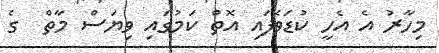
މިހާރު އެ އެހީ ކުޑަވެފައި އޮތް ކަމުގައި ވިޔަސް މާތް  ގެ